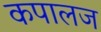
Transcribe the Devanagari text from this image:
कपालज